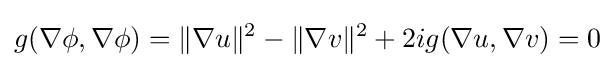
g(\nabla \phi ,\nabla \phi )=\|\nabla u\|^{2}-\|\nabla v\|^{2}+2ig(\nabla u,\nabla v)=0